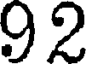
92